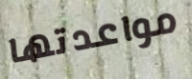
مواعدتها